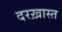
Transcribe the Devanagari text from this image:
दरख़ास्त